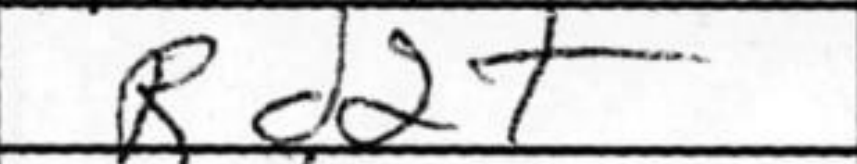
Transcription: Rd2+